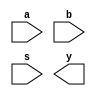
module alu(
    input [3:0] a,
    input [3:0] b,
    input [2:0] s,
    output reg [3:0] y
); 
    // alu has two input operand a and b.
    // It executes different operation over input a and b based on input s
    // then generate result to output y
    
    // TODO: implement your 4bits ALU design here and using your own fulladder module in this module
    // For testbench verifying, do not modify input and output pin
    
endmodule